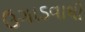
ઉગાડવાથી